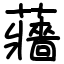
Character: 蘠